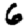
Digit: 6